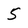
Character: 5